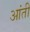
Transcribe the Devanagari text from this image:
आंती